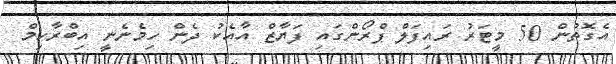
އެގޮތުން 50 މީޓަރު ރައިފަލް ޕްރޯންގައި ފަޔާޒް އާއެކު ދެން ހިމެނެނީ އިބްރާހިމް